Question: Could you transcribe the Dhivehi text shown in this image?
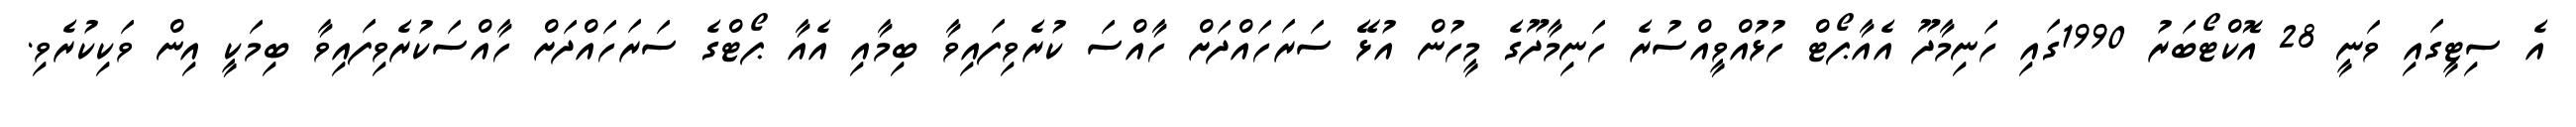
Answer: އެ ސިޓީގައި ވަނީ 28 އޮކްޓޯބަރު 1990ގައި ހަނިމާދޫ އެއާޕޯޓް ހުޅުއްވީއްސުރެ ހަނިމާދޫގެ މީހުން އުޅޭ ސަރަހައްދަށް ހާއްސަ ކުރެވިފައިވާ ބިމާއި އެއާ ޕޯޓްގެ ސަރަހައްދަށް ހާއްސަކުރެވިފައިވާ ބިމަކީ އިން ވަކިކުރެވި.